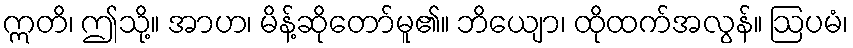
ဣတိ၊ ဤသို့။ အာဟ၊ မိန့်ဆိုတော်မူ၏။ ဘိယျော၊ ထိုထက်အလွန်။ ဩပမံ၊